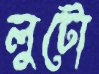
লুটো